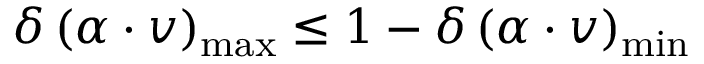
\delta \, ( \alpha \cdot v ) _ { \mathrm { m a x } } \leq 1 - \delta \, ( \alpha \cdot v ) _ { \mathrm { m i n } }